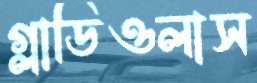
গ্লাডিওলাস